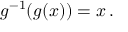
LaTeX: g ^ { - 1 } ( g ( x ) ) = x \, .